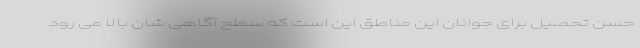
حسن تحصیل برای جوانان این مناطق این است که سطح آگاهی شان بالا می رود